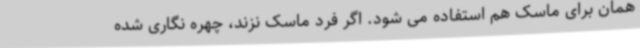
همان برای ماسک هم استفاده می شود. اگر فرد ماسک نزند، چهره نگاری شده